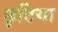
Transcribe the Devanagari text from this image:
छुटिया